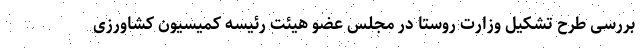
بررسی طرح تشکیل وزارت روستا در مجلس عضو هیئت رئیسه کمیسیون کشاورزی